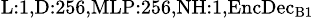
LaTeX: _{\textrm{L}:1,\textrm{D}:256,\textrm{MLP}:256,\textrm{NH}:1,\textrm{EncDec}_{\textrm{B}1}}